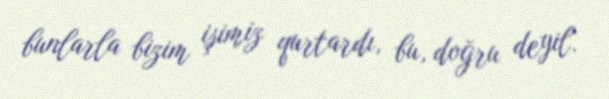
bunlarla bizim işimiz qurtardı, bu, doğru deyil.